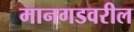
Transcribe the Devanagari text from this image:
मानगडवरील